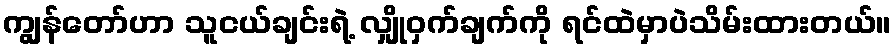
ကျွန်တော်ဟာ သူငယ်ချင်းရဲ့ လျှိုဝှက်ချက်ကို ရင်ထဲမှာပဲသိမ်းထားတယ်။